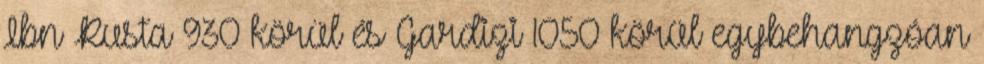
Ibn Rusta 930 körül és Gardizi 1050 körül egybehangzóan